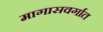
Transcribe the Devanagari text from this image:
मागासवर्गात